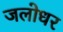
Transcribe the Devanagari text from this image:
जलोधर